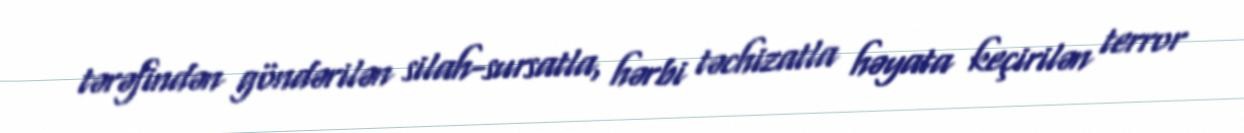
tərəfindən göndərilən silah-sursatla, hərbi təchizatla həyata keçirilən terror